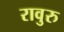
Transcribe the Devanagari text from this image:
रावुरु